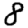
Digit: 8